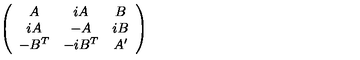
\left( \begin{array} { c c c } { A } & { i A } & { B } \\ { i A } & { - A } & { i B } \\ { - B ^ { T } } & { - i B ^ { T } } & { A ^ { \prime } } \\ \end{array} \right)